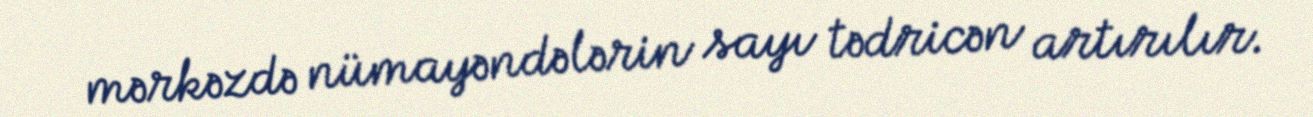
mərkəzdə nümayəndələrin sayı tədricən artırılır.